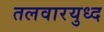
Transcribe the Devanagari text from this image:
तलवारयुध्द